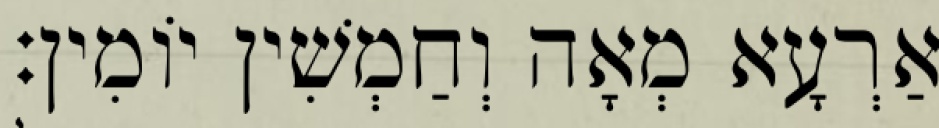
אַרְעָא מְאָה וְחַמְשִׁין יוֹמִין׃